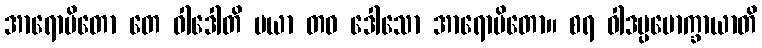
အာရောပိတော တေ ဝါဒေါတိ မယာ တဝ ဒေါသော အာရောပိတော။ စရ ဝါဒပ္ပမောက္ခာယာတိ